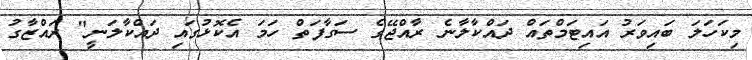
މިކަހަލަ ބައިވަރު އައިޓަމްތައް ދައްކާލާނެ ރާއްޖޭގެ ސަގާފަތް ހަމަ އެކޮޅުގައި ދައްކާލަނީ" ރައްޒާގު